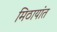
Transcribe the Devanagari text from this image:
मिठायांत